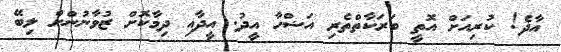
އާދެ! ކުރިއަށް އޮތީ ބަރަކާތްތެރި އަޟްހާ އީދު. އީދާއި ދިމާކޮށް ޒުވާނުންށް ލިބޭ